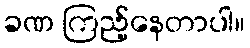
ခဏ ကြည့်နေတာပါ။